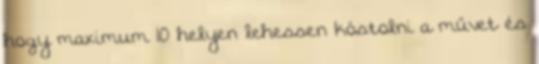
hogy maximum 10 helyen lehessen kóstolni a művet és